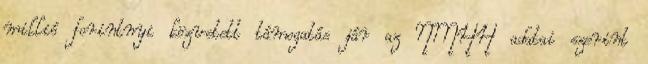
millió forintnyi közvetett támogatás jár az NMHH adatai szerint